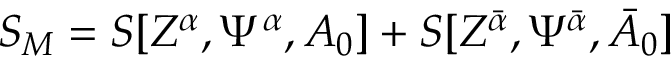
S _ { M } = S [ Z ^ { \alpha } , \Psi ^ { \alpha } , A _ { 0 } ] + S [ Z ^ { { \bar { \alpha } } } , \Psi ^ { { \bar { \alpha } } } , { \bar { A } } _ { 0 } ]